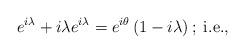
LaTeX: \begin{align*}e^{i\lambda}+i\lambda e^{i\lambda}=e^{i\theta}\left(1-i\lambda\right);\;\mbox{i.e.,}\end{align*}